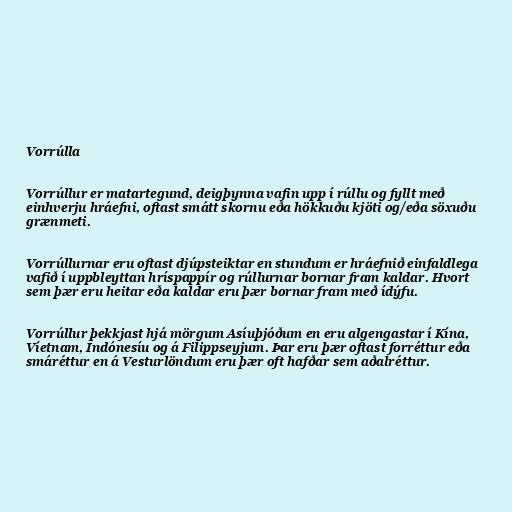
Vorrúlla

Vorrúllur er matartegund, deigþynna vafin upp í rúllu og fyllt með
einhverju hráefni, oftast smátt skornu eða hökkuðu kjöti og/eða söxuðu
grænmeti.

Vorrúllurnar eru oftast djúpsteiktar en stundum er hráefnið einfaldlega
vafið í uppbleyttan hríspappír og rúllurnar bornar fram kaldar. Hvort
sem þær eru heitar eða kaldar eru þær bornar fram með ídýfu.

Vorrúllur þekkjast hjá mörgum Asíuþjóðum en eru algengastar í Kína,
Víetnam, Indónesíu og á Filippseyjum. Þar eru þær oftast forréttur eða
smáréttur en á Vesturlöndum eru þær oft hafðar sem aðalréttur.